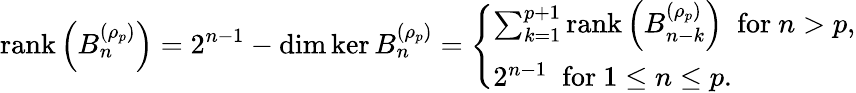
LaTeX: \operatorname{rank}\left(B_{n}^{(\rho_{p})}\right)=2^{n-1}-\dim\ker B_{n}^{(\rho_{p})}=\left\{ \begin{array}{ll}{\sum_{k=1}^{p+1}\operatorname{rank}\left(B_{n-k}^{(\rho_{p})}\right)\; \mathrm{~for~}n>p,}\\ {2^{n-1}\; \mathrm{~for~}1\leq n\leq p.}\end{array}\right.